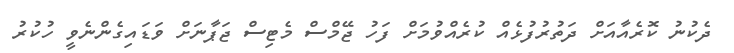
ދެކުނު ކޮރެއާއަށް ދަތުރުފުޅެއް ކުރެއްވުމަށް ފަހު ޖޭމްސް މެޓިސް ޖަޕާނަށް ވަޑައިގެންނެވީ ހުކުރު